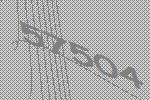
57504